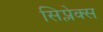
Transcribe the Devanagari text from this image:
सिप्लेक्स